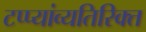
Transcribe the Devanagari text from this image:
टप्प्यांव्यतिरिक्त